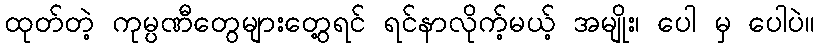
ထုတ်တဲ့ ကုမ္ပဏီတွေများတွေ့ရင် ရင်နာလိုက့်မယ့် အမျိုး၊ ပေါ မှ ပေါပဲ။